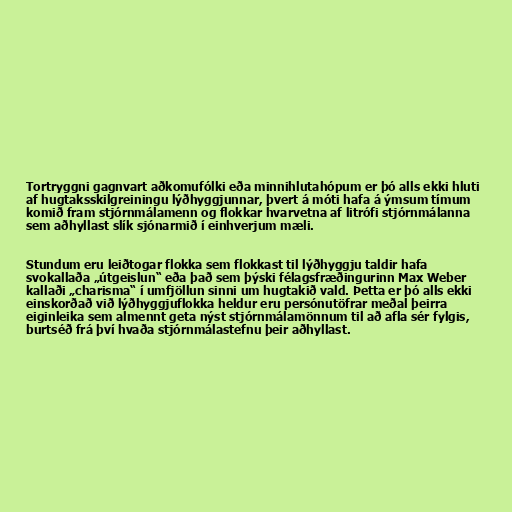
Tortryggni gagnvart aðkomufólki eða minnihlutahópum er þó alls ekki hluti
af hugtaksskilgreiningu lýðhyggjunnar, þvert á móti hafa á ýmsum tímum
komið fram stjórnmálamenn og flokkar hvarvetna af litrófi stjórnmálanna
sem aðhyllast slík sjónarmið í einhverjum mæli.

Stundum eru leiðtogar flokka sem flokkast til lýðhyggju taldir hafa
svokallaða „útgeislun“ eða það sem þýski félagsfræðingurinn Max Weber
kallaði „charisma“ í umfjöllun sinni um hugtakið vald. Þetta er þó alls ekki
einskorðað við lýðhyggjuflokka heldur eru persónutöfrar meðal þeirra
eiginleika sem almennt geta nýst stjórnmálamönnum til að afla sér fylgis,
burtséð frá því hvaða stjórnmálastefnu þeir aðhyllast.